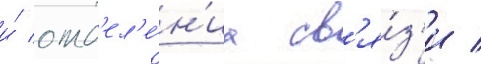
и́ отд'ел'е́н'иа св'я́з'и /